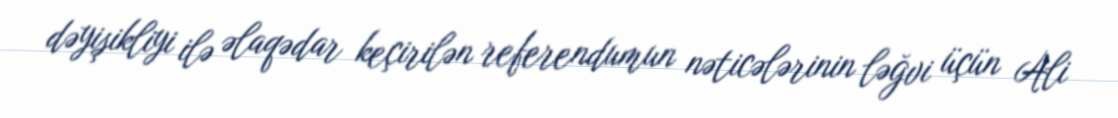
dəyişikliyi ilə əlaqədar keçirilən referendumun nəticələrinin ləğvi üçün Ali